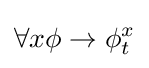
\forall x\phi \to \phi _{t}^{x}